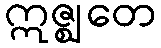
ဣဇ္ဈတေ